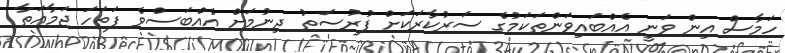
ހަމާސް އިން ވަނީ އެއްބައިވަންތަކަމުގެ ސަރުކާރަކަށް ފުރުސަތު ދިނުމަށް އެއްބަސްވެ ފަތަހަ ޖަމާއަތާ